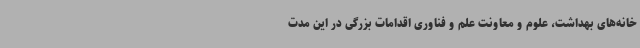
خانه‌های بهداشت، علوم و معاونت علم و فناوری اقدامات بزرگی در این مدت